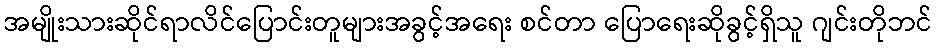
အမျိုးသားဆိုင်ရာလိင်ပြောင်းတူများအခွင့်အရေး စင်တာ ပြောရေးဆိုခွင့်ရှိသူ ဂျင်းတိုဘင်